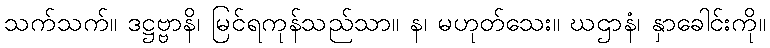
သက်သက်။ ဒဋ္ဌဗ္ဗာနိ၊ မြင်ရကုန်သည်သာ။ န၊ မဟုတ်သေး။ ဃဌာနံ၊ နှာခေါင်းကို။